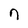
Character: n